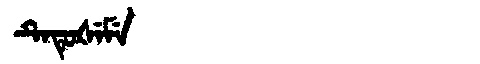
Manchu: ᡨᡝᡨᡠᡧᡝᠮᡝ
Romanization: TETUŠEME